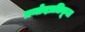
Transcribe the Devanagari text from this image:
प्रमोदप्रतिकूल